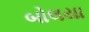
બોલયા